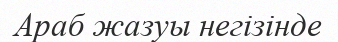
Араб жазуы негізінде